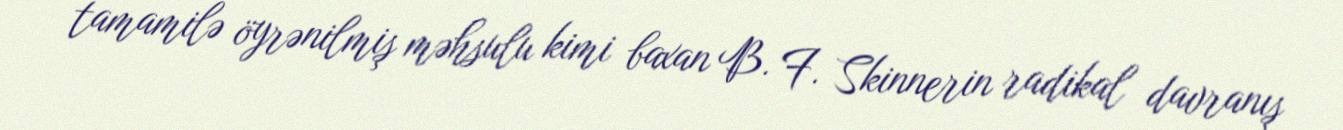
tamamilə öyrənilmiş məhsulu kimi baxan B. F. Skinnerin radikal davranış